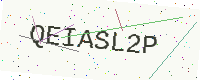
Text: QEIASL2P